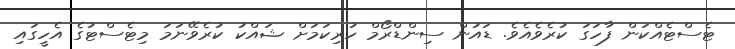
ޓެސްޓެއްކަން ފާހަގަ ކުރެވެއެވެ. ޑައުން ސިންޑްރޯމް ހުރިކަމަށް ޝައްކު ކުރެވޭނަމަ މިޓެސްޓުގެ އެހީގައި